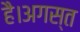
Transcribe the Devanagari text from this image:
है।अगस्त